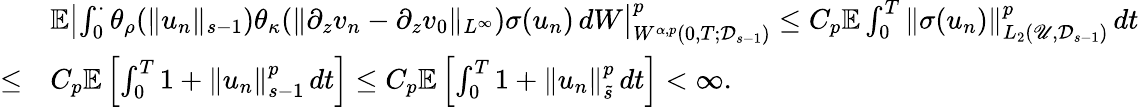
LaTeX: \begin{array}{rl}&{\mathbb{E}\left|\int_{0}^{\cdot}\theta_{\rho}(\| u_{n}\| _{s-1})\theta_{\kappa}(\| \partial_{z}v_{n}-\partial_{z}v_{0}\| _{L^{\infty}})\sigma(u_{n})\, dW\right|_{W^{\alpha,p}\left(0,T;\mathcal D_{s-1}\right)}^{p}\leq C_{p}\mathbb{E}\int_{0}^{T}\| \sigma(u_{n})\| _{L_{2}\left(\mathscr{U},\mathcal D_{s-1}\right)}^{p}\, dt}\\ {\leq}&{C_{p}\mathbb{E}\left[\int_{0}^{T}1+\| u_{n}\| _{s-1}^{p}\, dt\right]\leq C_{p}\mathbb{E}\left[\int_{0}^{T}1+\| u_{n}\| _{\tilde{s}}^{p}\, dt\right]<\infty.}\end{array}